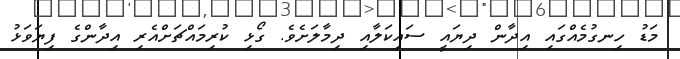
މަޑު ހިނގުމެއްގައި އިދާން ދިޔައީ ސައިކަލާއި ދިމާލަށެވެ. ގޯޅި ކުރިމައްޗަށްއެރި އިދާންގެ ފިޔަވަޅު